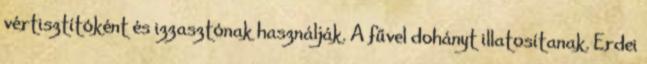
vértisztítóként és izzasztónak használják. A fűvel dohányt illatosítanak. Erdei